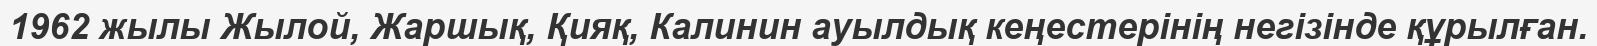
1962 жылы Жылой, Жаршық, Қияқ, Калинин ауылдық кеңестерінің негізінде құрылған.